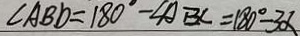
\angle A B D = 1 8 0 ^ { \circ } - \angle A B C = 1 8 0 ^ { \circ } - 3 \alpha